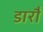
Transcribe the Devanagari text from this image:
डारौं